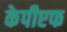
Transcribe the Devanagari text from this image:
केपीएफ